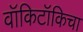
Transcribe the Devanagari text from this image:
वॉकिटॉकिचा